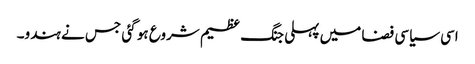
اسی سیاسی فضا میں پہلی جنگ عظیم شروع ہو گئی جس نے ہندو۔